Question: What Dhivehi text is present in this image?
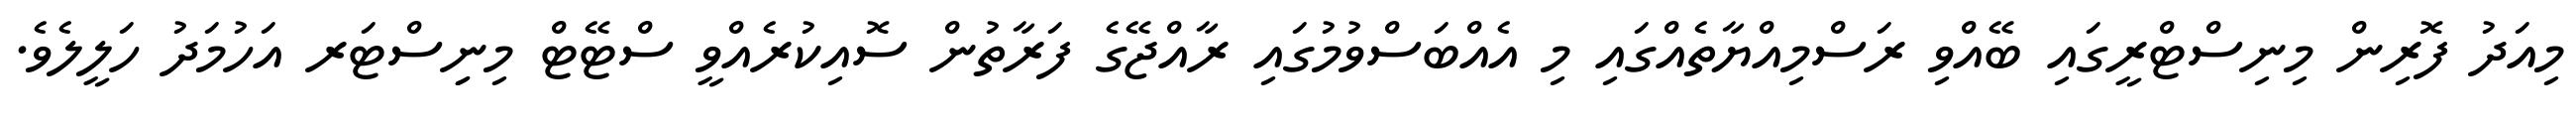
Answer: މިއަދު ފޮރިން މިނިސްޓްރީގައި ބޭއްވި ރަސްމިއްޔާތެއްގައި މި އެއްބަސްވުމުގައި ރާއްޖޭގެ ފަރާތުން ސޮއިކުރެއްވީ ސްޓޭޓް މިނިިސްޓަރ އަހުމަދު ހަލީލެވެ.